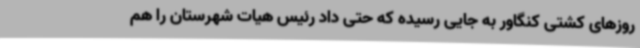
روزهای کشتی کنگاور به جایی رسیده که حتی داد رئیس هیات شهرستان را هم